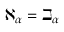
\aleph _ { \alpha } = \beth _ { \alpha }